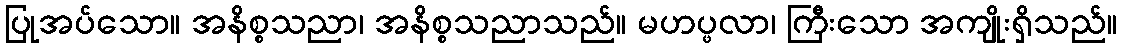
ပြုအပ်သော။ အနိစ္စသညာ၊ အနိစ္စသညာသည်။ မဟပ္ဖလာ၊ ကြီးသော အကျိုးရှိသည်။